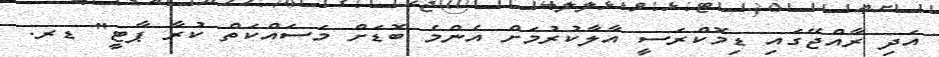
އަދި ރާއްޖޭގައި ޑިމޮކްރަސީ އާލާކުރުމަށް އެންމެ ބޮޑަށް މަސައްކަތް ކުރާ ޕާޓީ" ޑރ.